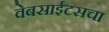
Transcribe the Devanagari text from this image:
वेबसाईटसचा